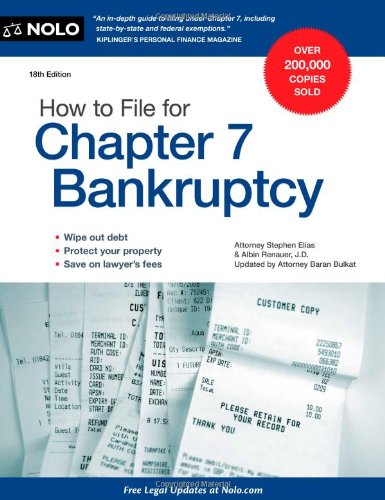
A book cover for How to File for Chapter 7 Bankruptcy; Stephen Elias; Business & Money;